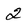
Character: 2